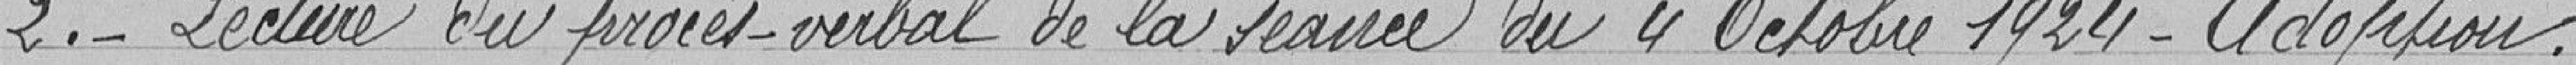
2.- Lecture du procès-verbal de la séance du 4 octobre 1924 - Adoption.